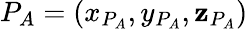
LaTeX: P_{A}=(x_{P_{A}},y_{P_{A}},\mathbf{z}_{P_{A}})